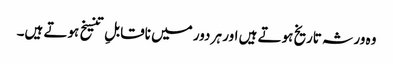
وہ ورثہ تاریخ ہوتے ہیں اور ہر دور میں ناقابلِ تنسیخ ہوتے ہیں۔